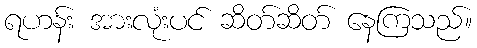
ရဟန်း အားလုံးပင် ဆိတ်ဆိတ် နေကြသည်။